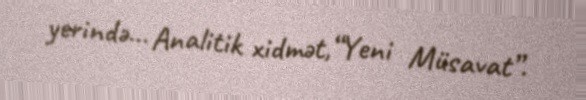
yerində... Analitik xidmət,“Yeni Müsavat”.